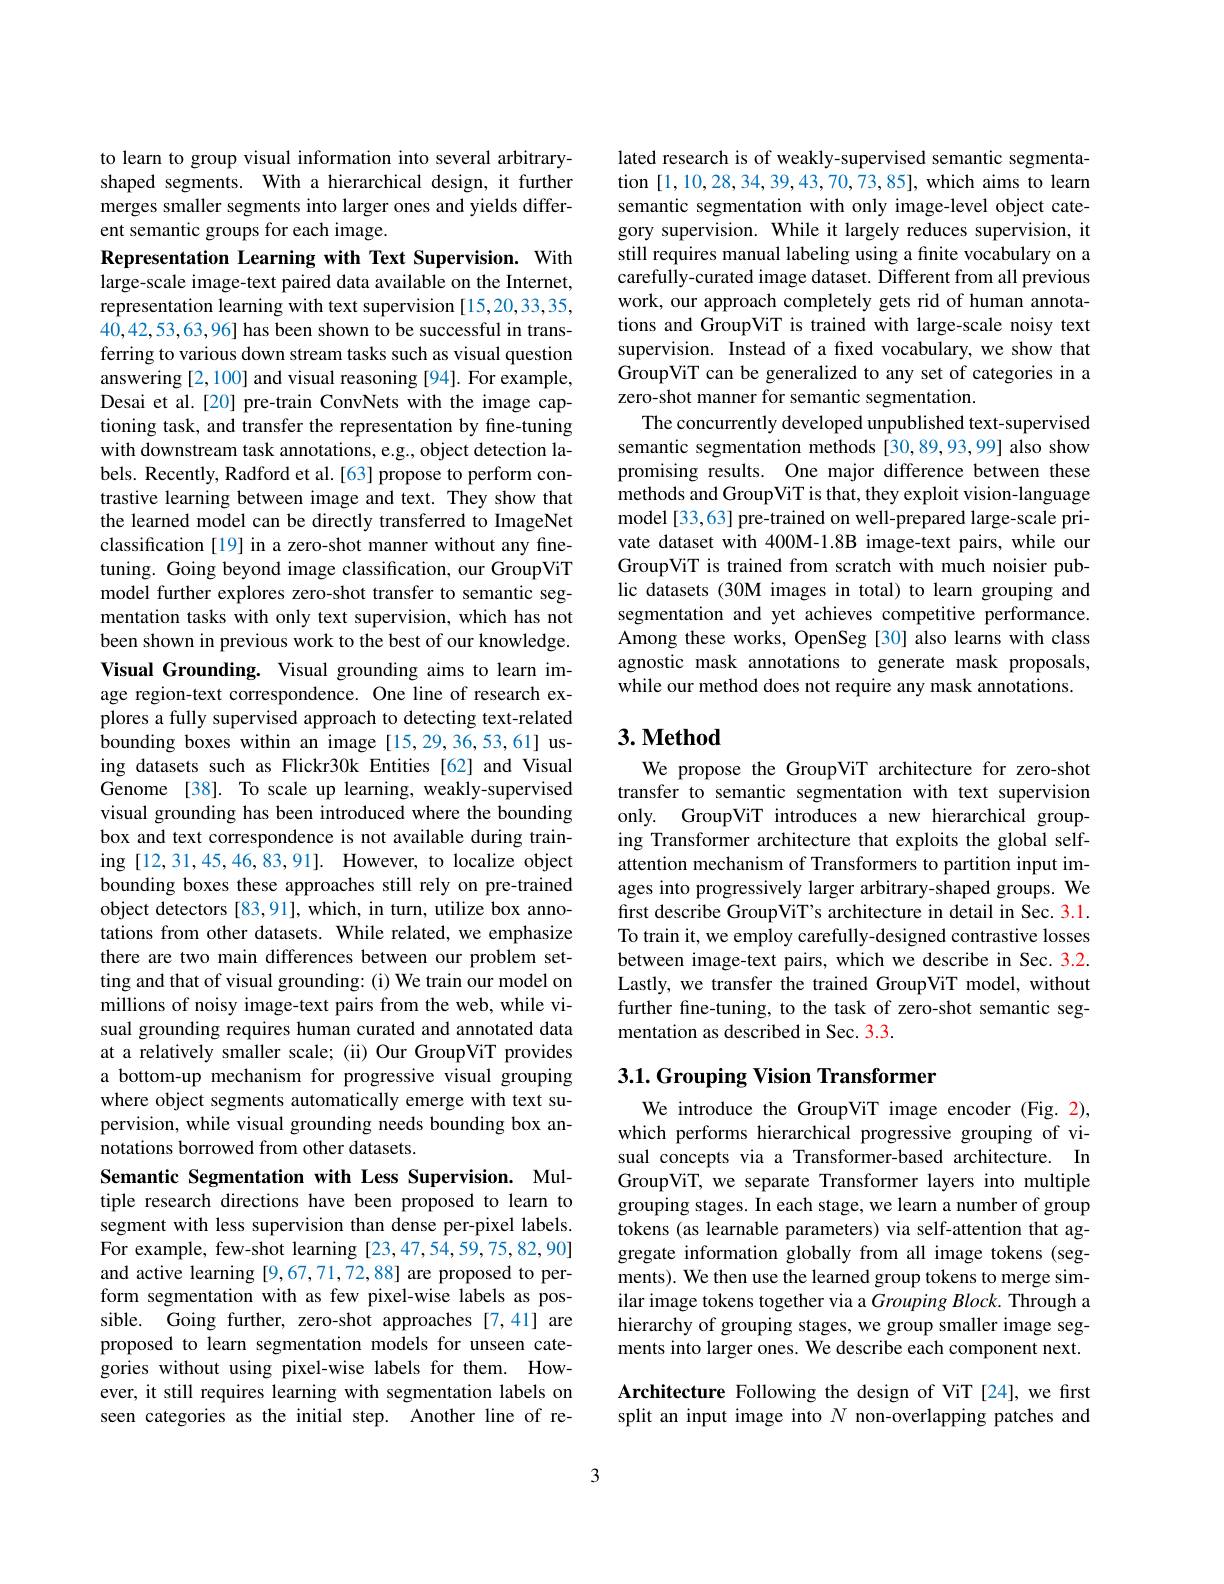
to learn to group visual information into several arbitraryshaped segments. With a hierarchical design, it further merges smaller segments into larger ones and yields different semantic groups for each image.

Representation Learning with Text Supervision. With large-scale image-text paired data available on the Internet, representation learning with text supervision [15,20,33,35, 40,42,53,63,96] has been shown to be successful in transferring to various down stream tasks such as visual question answering [2,100] and visual reasoning [94]. For example, Desai et al.[20] pre-train ConvNets with the image captioning task, and transfer the representation by fine-tuning with downstream task annotations, e.g., object detection labels. Recently, Radford et al.[63] propose to perform contrastive learning between image and text. They show that the learned model can be directly transferred to ImageNet classification [19] in a zero-shot manner without any finetuning. Going beyond image classification, our GroupViT model further explores zero-shot transfer to semantic segmentation tasks with only text supervision, which has not been shown in previous work to the best of our knowledge. Visual Grounding. Visual grounding aims to learn image region-text correspondence. One line of research explores a fully supervised approach to detecting text-related bounding boxes within an image [15,29,36,53,61] using datasets such as Flickr30k Entities [62] and Visual Genome [38]. To scale up learning, weakly-supervised visual grounding has been introduced where the bounding box and text correspondence is not available during training [12,31,45,46,83,91]. However, to localize object bounding boxes these approaches still rely on pre-trained object detectors [83,91], which, in turn, utilize box annotations from other datasets. While related, we emphasize there are two main differences between our problem setting and that of visual grounding: (i) We train our model on millions of noisy image-text pairs from the web, while visual grounding requires human curated and annotated data at a relatively smaller scale; (ii) Our GroupViT provides a bottom-up mechanism for progressive visual grouping where object segments automatically emerge with text supervision, while visual grounding needs bounding box annotations borrowed from other datasets.
Semantic Segmentation with Less Supervision. Multiple research directions have been proposed to learn to segment with less supervision than dense per-pixel labels. For example, few-shot learning [23,47,54,59,75,82,90] and active learning [9,67,71,72,88] are proposed to perform segmentation with as few pixel-wise labels as possible. Going further, zero-shot approaches [7,41] are proposed to learn segmentation models for unseen categories without using pixel-wise labels for them. However, it still requires learning with segmentation labels on seen categories as the initial step. Another line of re-

lated research is of weakly-supervised semantic segmentation [1,10,28,34,39,43,70,73,85],which aims to learn semantic segmentation with only image-level object category supervision. While it largely reduces supervision, it still requires manual labeling using a finite vocabulary on a carefully-curated image dataset. Different from all previous work, our approach completely gets rid of human annotations and GroupViT is trained with large-scale noisy text supervision. Instead of a fixed vocabulary, we show that GroupViT can be generalized to any set of categories in a zero-shot manner for semantic segmentation.
The concurrently developed unpublished text-supervised semantic segmentation methods [30,89,93,99] also show promising results. One major difference between these methods and GroupViT is that, they exploit vision-language model [33,63] pre-trained on well-prepared large-scale private dataset with 400M-1.8B image-text pairs, while our GroupViT is trained from scratch with much noisier public datasets (30M images in total) to learn grouping and segmentation and yet achieves competitive performance. Among these works, OpenSeg [30] also learns with class agnostic mask annotations to generate mask proposals, while our method does not require any mask annotations.

## $3. \textbf{Method}$

We propose the GroupViT architecture for zero-shot transfer to semantic segmentation with text supervision only. GroupViT introduces a new hierarchical grouping Transformer architecture that exploits the global selfattention mechanism of Transformers to partition input images into progressively larger arbitrary-shaped groups. We first describe GroupViT's architecture in detail in Sec. 3.1. To train it, we employ carefully-designed contrastive losses between image-text pairs, which we describe in Sec. 3.2. Lastly, we transfer the trained GroupViT model, without further fine-tuning, to the task of zero-shot semantic segmentation as described in Sec. 3.3.

## 3.1. Grouping Vision Transformer

We introduce the GroupViT image encoder (Fig.2), which performs hierarchical progressive grouping of visual concepts via a Transformer-based architecture. In GroupViT, we separate Transformer layers into multiple grouping stages. In each stage, we learn a number of group tokens (as learnable parameters) via self-attention that aggregate information globally from all image tokens (segments). We then use the learned group tokens to merge similar image tokens together via a Grouping Block. Through a hierarchy of grouping stages, we group smaller image segments into larger ones. We describe each component next.

Architecture Following the design of ViT [24], we first split an input image into $N$ non-overlapping patches and

3